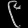
Digit: ၉